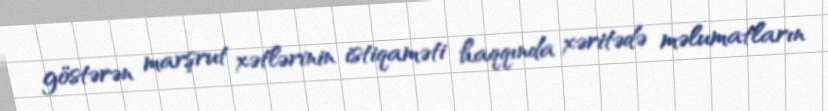
göstərən marşrut xətlərinin istiqaməti haqqında xəritədə məlumatların